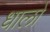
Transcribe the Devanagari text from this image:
धालो